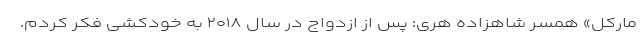
مارکل» همسر شاهزاده هری: پس از ازدواج در سال ۲۰۱۸ به خودکشی فکر کردم.